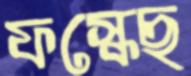
ফস্‌কেছ